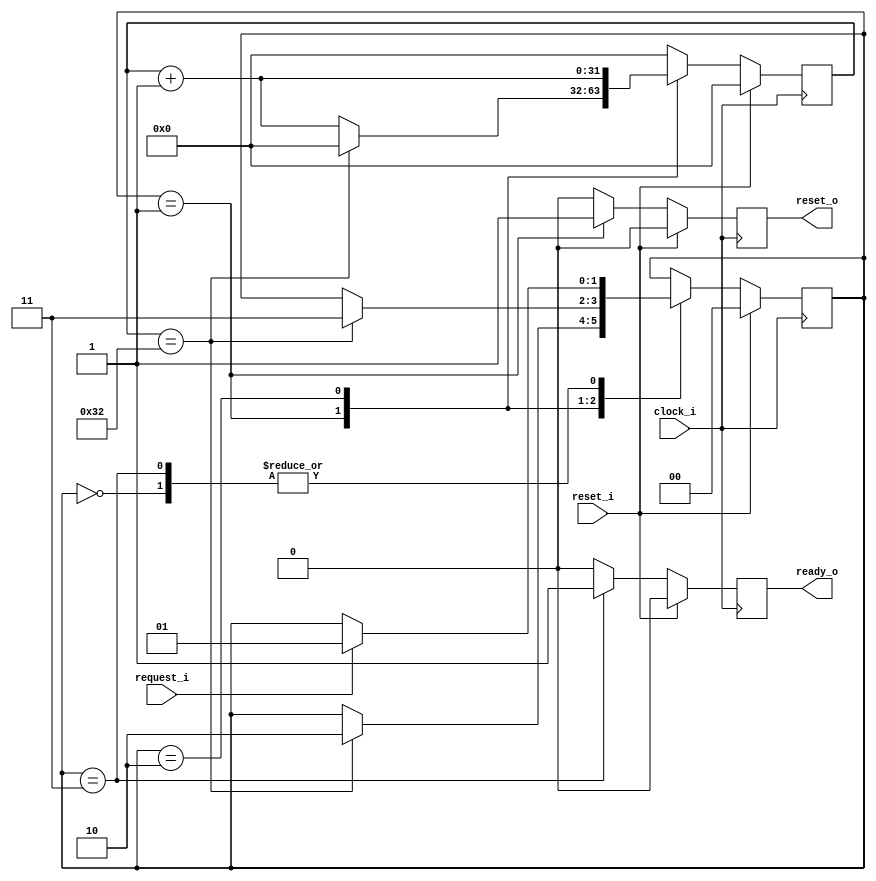
//
// I2C peripheral reset controller
//
// Copyright (c) 2014 Jared Boone, ShareBrained Technology, Inc.
//
// This file is part of Project Daisho.
//
// This program is free software; you can redistribute it and/or modify
// it under the terms of the GNU General Public License as published by
// the Free Software Foundation; either version 2, or (at your option)
// any later version.
//
// This program is distributed in the hope that it will be useful,
// but WITHOUT ANY WARRANTY; without even the implied warranty of
// MERCHANTABILITY or FITNESS FOR A PARTICULAR PURPOSE.  See the
// GNU General Public License for more details.
//
// You should have received a copy of the GNU General Public License
// along with this program; see the file COPYING.  If not, write to
// the Free Software Foundation, Inc., 51 Franklin Street,
// Boston, MA 02110-1301, USA.
//

module i2c_reset (
	input		clock_i,
	input		reset_i,
	input		request_i,
	output	reset_o,
	output	ready_o
);

/* I2C peripheral reset controller */

parameter	[1:0]		ST_UNINIT	= 'd0,
							ST_RESET	= 'd1,
							ST_WAIT	= 'd2,
							ST_READY	= 'd3;

reg						reset_q = 0;
reg						ready_q = 0;

reg	[1:0]				state_q = ST_UNINIT;
reg	[31:0]			count_q = 0;

parameter				DURATION_RESET	= 'd50;	// 1us
parameter				DURATION_WAIT	= 'd50;	// 1us

assign	reset_o = reset_q;
assign	ready_o = ready_q;

always @(posedge clock_i) begin
	reset_q <= 0;
	ready_q <= 0;
	count_q <= 0;
	
	if( reset_i ) begin
		state_q <= ST_UNINIT;
	end
	else begin
		case( state_q )
		ST_UNINIT: begin
			if( request_i )
				state_q <= ST_RESET;
		end
		
		ST_RESET: begin
			reset_q <= 1;
			count_q <= count_q + 1;
			if( count_q == DURATION_RESET ) begin
				state_q <= ST_WAIT;
				count_q <= 0;
			end
		end
		
		ST_WAIT: begin
			count_q <= count_q + 1;
			if( count_q == DURATION_WAIT ) begin
				state_q <= ST_READY;
			end
		end
		
		ST_READY: begin
			ready_q <= 1;
			if( request_i )
				state_q <= ST_RESET;
		end
		
		default: begin
			state_q <= ST_RESET;
		end
		
		endcase
	end
end

endmodule